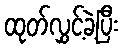
ထုတ်လွှင့်ခဲ့ပြီး